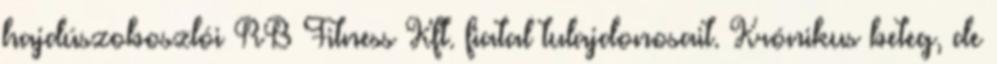
hajdúszoboszlói RB Fitness Kft. fiatal tulajdonosait. Krónikus beteg, de